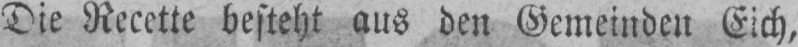
Die Recette besteht aus den Gemeinden Eich,